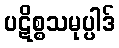
ပဋိစ္စသမုပ္ပါဒ်